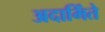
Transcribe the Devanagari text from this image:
अदामिंते